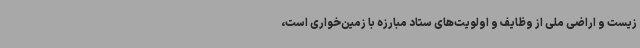
زیست و اراضی ملی از وظایف و اولویت‌های ستاد مبارزه با زمین‌خواری است،